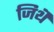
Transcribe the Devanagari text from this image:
जिथॆ